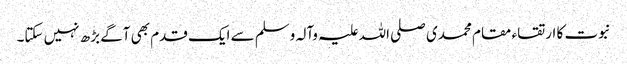
نبوت کا ارتقاء مقام محمدی صلی اللہ علیہ وآلہ وسلم سے ایک قدم بھی آگے بڑھ نہیں سکتا۔